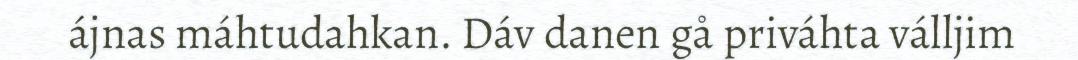
ájnas máhtudahkan. Dáv danen gå priváhta válljim